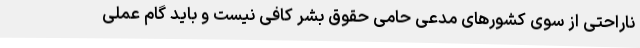
ناراحتی از سوی کشورهای مدعی حامی حقوق بشر کافی نیست و باید گام عملی